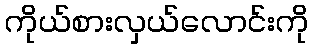
ကိုယ်စားလှယ်လောင်းကို